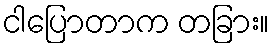
ငါပြောတာက တခြား။